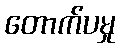
တောက်ပမှု